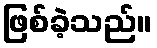
ဖြစ်ခဲ့သည်။